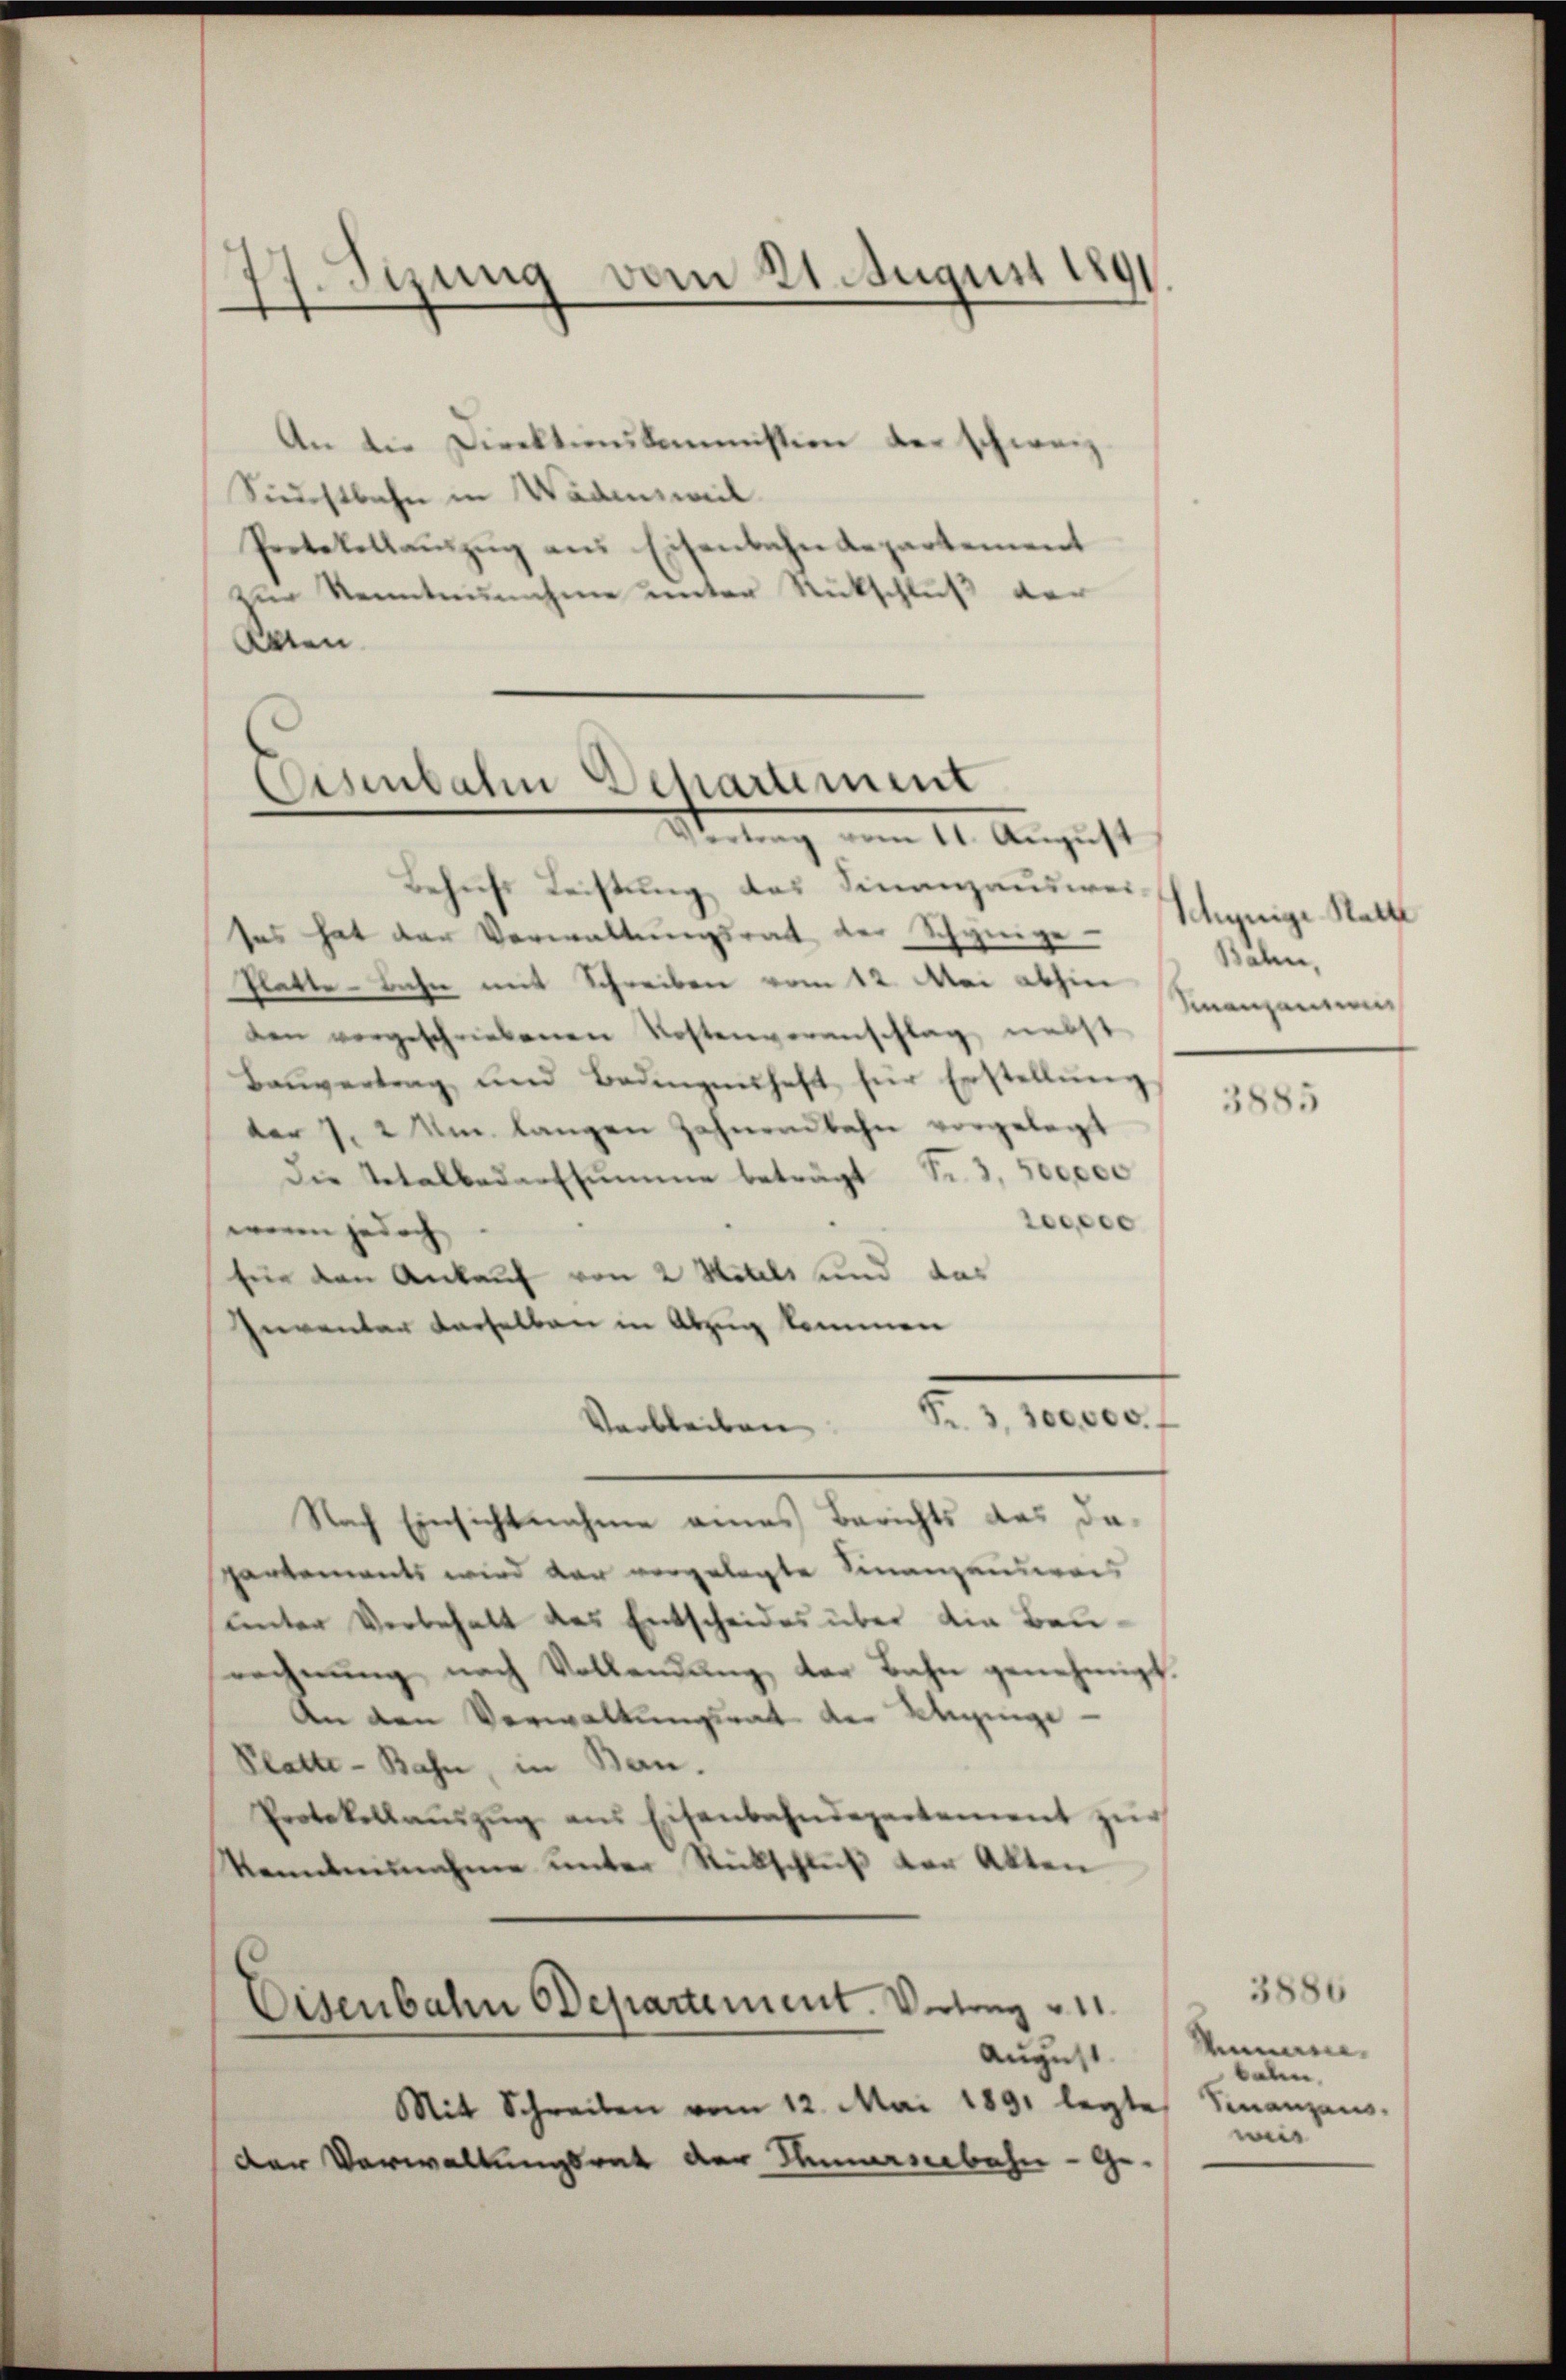
An die Direktionskommission der schweiz.
Sunstbahn in Wadensweil
Protokollaŭszŭg ans Eisenbahndepartement
zur Kenntennahme unter Rückschluß der
Karen

Sizung vom 21. Augus 189
7
.

Eisenbahn Departement
Leitung vom 11. August

Behufs Leistung das Finanzauswei-
ses hat der Verwaltungsrat der Schynige Schynige Statt
Platte - bahn mit Schreiben vom 12 Mai abhin
den vorgeschriebenen Kostenveranschlag nebst
Bauvertrag und Bedingensheft für Erstellŭng
der J. 2 m langen Zahnendbahn vorgelegt
Die Totalbedarfsumme beträgt Fr. 3. 500000
desce
wenn jedoch
für den Ankauf von 2 Hotels und das
pierenter derselben in Abzug kommen
Fr. 3, 300,000. f
Verbleiben
Nach Einsichtnahme eines Berichts das dapartements wird dar vorgelegte Finanzensweis
unter Verbehalt des Entscheides über die Baurechnŭng nach Vollendŭng der Bahn genehmigt.
An den Verwaltungsrat der Anginge
Platte-Bahn, in Bern.
Protokollaŭszŭg ans Eisenbahndepartement zŭr
kanntennahme unter Rückschluß der Akten

Eisenbahn Odepartement. Vertrag 11.
August.

Mit Schreiben vom 12. Mai 1891 legte Sinanzans-
der Verwaltungsrat der Stirnbahn - Ge-

Bähen,
Manzen

3885

3886
Mimari.
balen.
wie